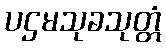
ပဌမသုခသုတ္တံ